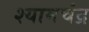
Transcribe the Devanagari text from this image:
श्यामचंद्र